Leaving Certificate, 1897
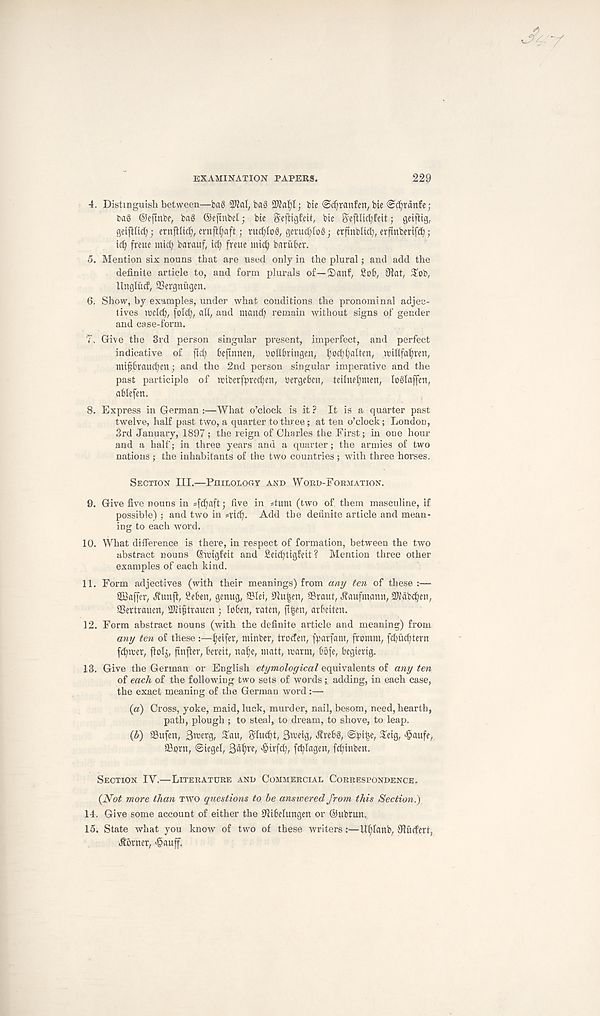
EXAMINATION PAPERS.
229
4. Distinguish between—ba§ 2M, bag 2Kaf)t; bic @ct)ranfcn, bie <scfjtanfe;
Dag ©cftnbe, bag ©efmbet; bic SeftigEeit, bie S'ejHic^feit; geifiig,
geifilict;; ernfilic^, crnftijaft; tucfylog, geructiiog; crftnbUd^ erjinberifc^;
id; freue inid; barauf, id; freue mid; batul'er.
5. Mention six nouns that are used only in the plural; and add the
definite article to, and form plurals of—2)anf, £06, 9iat, Sob,
llnglucf, aSergnitgen.
6. Show, by examples, under what conditions the pronominal adjec-
tives weld;, fold;, all, and maud; remain without signs of gender
and case-form.
7. Give the 3rd person singular present, imperfect, and perfect
indicative of fid; beftnnen, ooll&tingen, l;od;l;alten, witlfafjren,
mi^btauc^en; and the 2nd person singular imperative and the
past participle of wibetfpred;en, Dergeben, teilneljmen, loglaffen,
ablefen.
8. Express in German :—What o’clock is it ? It is a quarter past
twelve, half past two, a quarter to three; at ten o’clock; London,
3rd January, 1897 ; the reign of Charles the First; in one hour
and a half; in three years and a quarter; the armies of two
nations ; the inhabitants of the two countries ; with three horses.
SECTION III.—PHILOLOOY AND WORD-FORMATION.
9. Give five nouns in *fd;aft; five in stum (two of. them masculine, if
possible) ; and two in sfid;. Add the definite article and mean-
ing to each word.
10. What difference is there, in respect of formation, between the two
abstract nouns ©rcigfett and £eid;tigfeit ? Mention three other
examples of each kind.
11. Form adjectives (with their meanings) from ant/ ten of these:—
SQkffer, Jtunft, fieben, genug, 35lei, lfiu|en, ©rant, J?aufmann, SWabdjen,
SSettrauen, SKiftrauen ; loben, raten, fi£en, arbeiten.
12. Form abstract nouns (with the definite article and meaning) from
any ten of these :—l;etfer, mtnber, treefen, fpatfant, fromm, fd;ud;tern
fcbwev, ftolj, ftnfler, bereit, na^e, matt, warm, bbfe, begierig.
13. Give the German or English etymological equivalents of any ten
of each of the following two sets of words;. adding, in each case,
the exact meaning of the German word:—
(a) Cross, yoke, maid, luck, murder, nail, besom, need, hearth,
path, plough ; to steal, to dream, to shove, to leap.
(b) 9Sufen, 3werg, Sau, 8fuc(;t, B^eig, Jtrebg,
3ttg, >§aufe,
Sprn, ©tegcl,
>§irfcl;, f^lagen, fd;hiben.
SECTION IY.—LITERATURE AND COMMERCIAL CORRESPONDENCE.
{Not more than TWO questions to be answered from this Section.)
14. Give some account of either the Cfiibelungen or ©ubrun.
15. State what you know of two of these writers:—Utjlanb, ffiucfert,
Corner, >§auff.